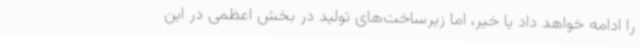
را ادامه خواهد داد یا خیر، اما زیرساخت‌های تولید در بخش اعظمی در این